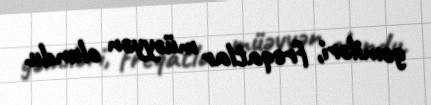
gəmiləri, freqatlar müəyyən olundu.